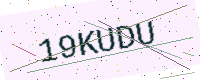
Text: 19KUDU